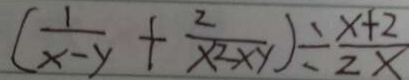
( \frac { 1 } { x - y } + \frac { 2 } { x ^ { 2 } \times y } ) \div \frac { x + 2 } { 2 x }